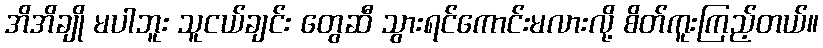
အိအိချို မပါဘူး သူငယ်ချင်း တွေဆီ သွားရင်ကောင်းမလားလို့ စိတ်ကူးကြည့်တယ်။